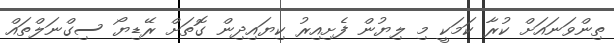
ތިންވަނައަށް ކުރާ ކަމަކީ މި ލިޔުން ފެށިއިރު ކިޔައިދިން ގޮތަށް ރޭޑިޔޯ ސިގްނަލްތައް